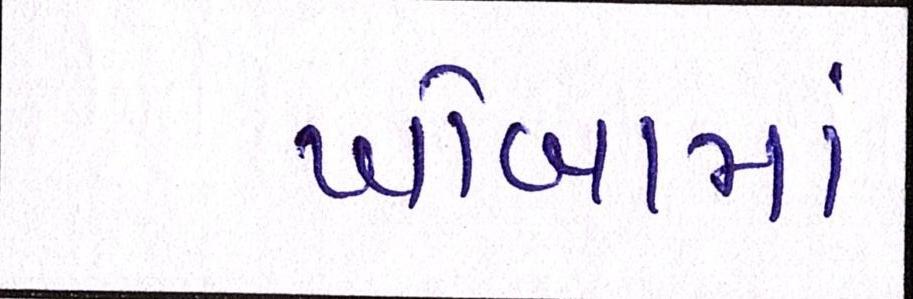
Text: ખોબામાં